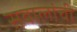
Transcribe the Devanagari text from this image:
सवालांची